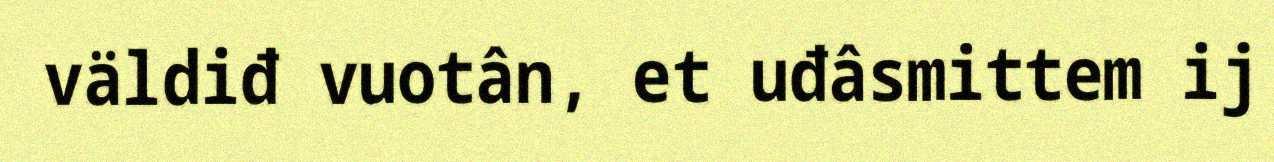
väldiđ vuotân, et uđâsmittem ij